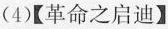
(4)【革命之启迪】